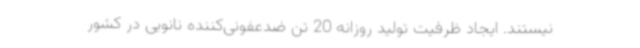
نیستند. ایجاد ظرفیت تولید روزانه 20 تن ضدعفونی‌کننده نانویی در کشور